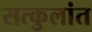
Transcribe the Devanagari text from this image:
सत्कुलांत